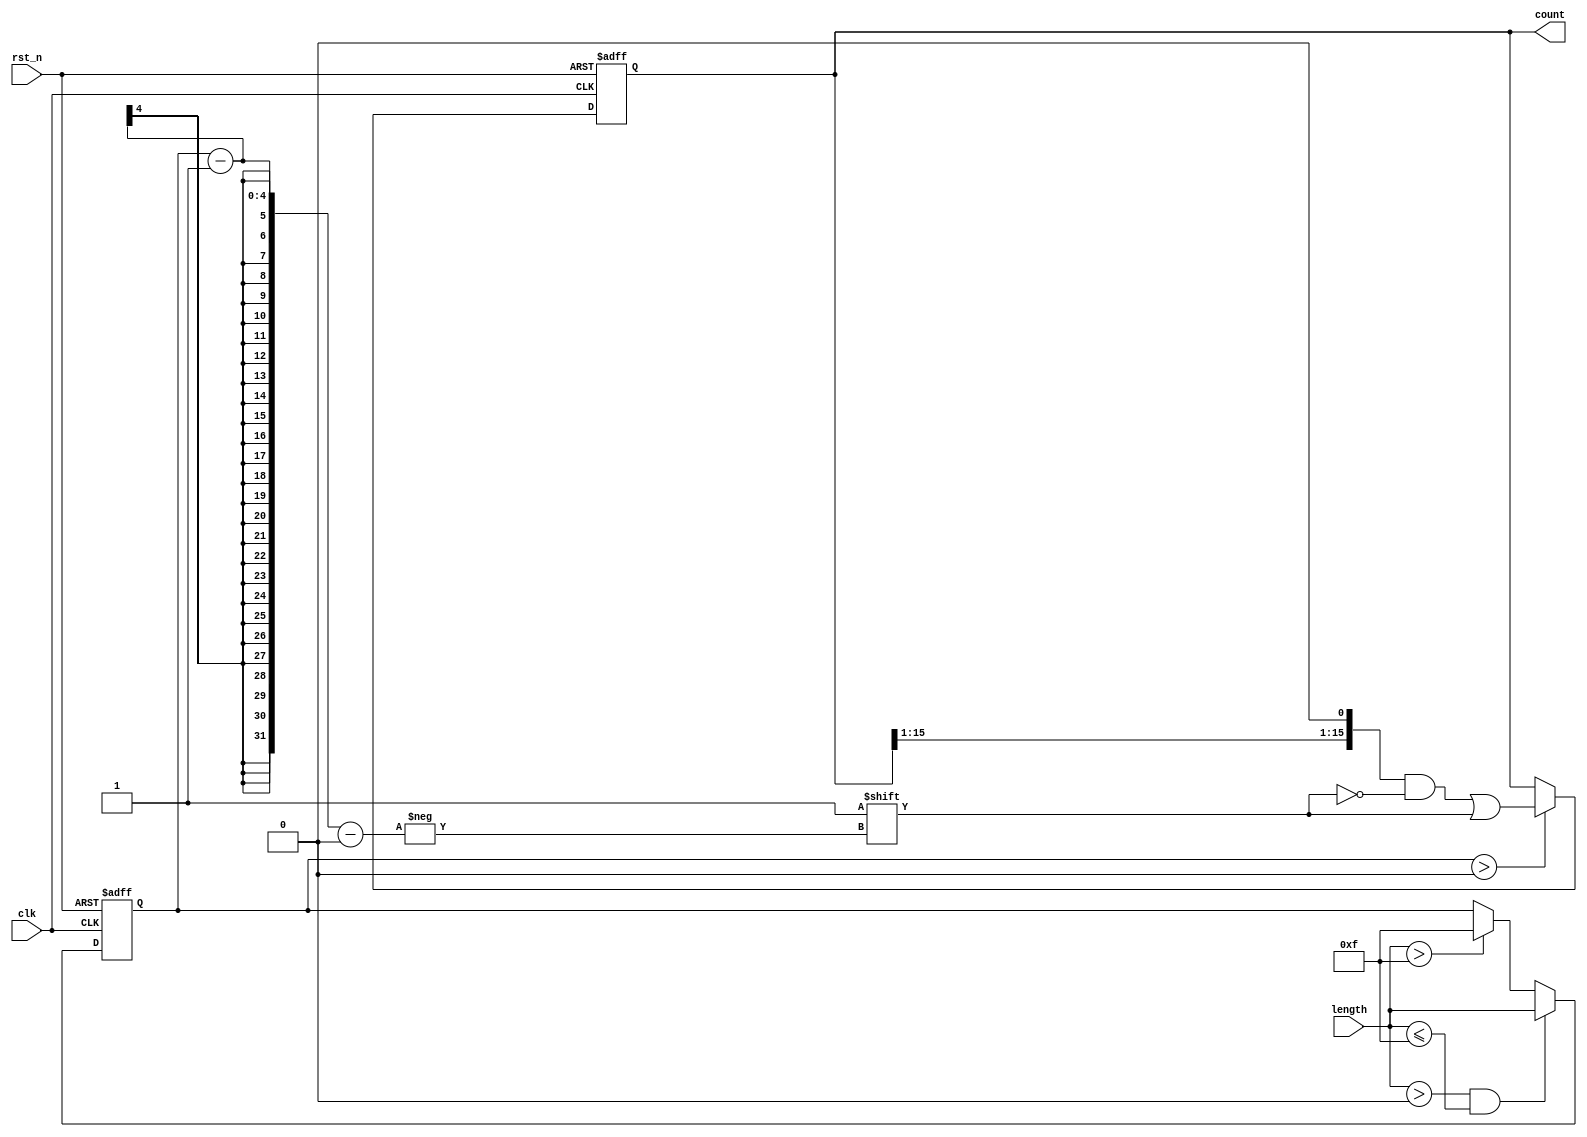
module variable_length_ring_counter (
    input wire clk,             // Clock input
    input wire rst_n,          // Asynchronous reset (active low)
    input wire [3:0] length,   // Length control input (up to 16)
    output reg [15:0] count     // Counter output (16 bits)
);

    // Internal variable to hold the effective length of the counter
    reg [3:0] effective_length;

    always @(posedge clk or negedge rst_n) begin
        if (!rst_n) begin
            // Reset the counter to the initial state
            count <= 16'b0000000000000001; // Set the first flip-flop to '1'
            effective_length <= 4'b0000;   // Reset effective length
        end else begin
            // Update effective length based on the input length
            if (length > 4'b0000 && length <= 4'b1111) begin
                effective_length <= length; // Set effective length
            end else if (length > 4'b1111) begin
                effective_length <= 4'b1111; // Cap to maximum length (16)
            end else begin
                effective_length <= effective_length; // Hold current length
            end
            
            // Shift the '1' through the flip-flops based on effective length
            if (effective_length > 0) begin
                count <= {count[15:1], count[0]}; // Shift right
                count[0] <= 1'b0; // Ensure the shifted out bit is 0
                count[effective_length - 1] <= 1'b1; // Set the new '1' at the correct position
            end
        end
    end
endmodule